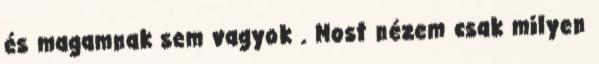
és magamnak sem vagyok . Most nézem csak milyen